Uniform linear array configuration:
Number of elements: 24
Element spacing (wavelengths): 0.25
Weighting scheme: hann
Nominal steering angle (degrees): -15
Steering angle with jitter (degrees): -15.082
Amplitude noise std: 0.05
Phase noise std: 0.05

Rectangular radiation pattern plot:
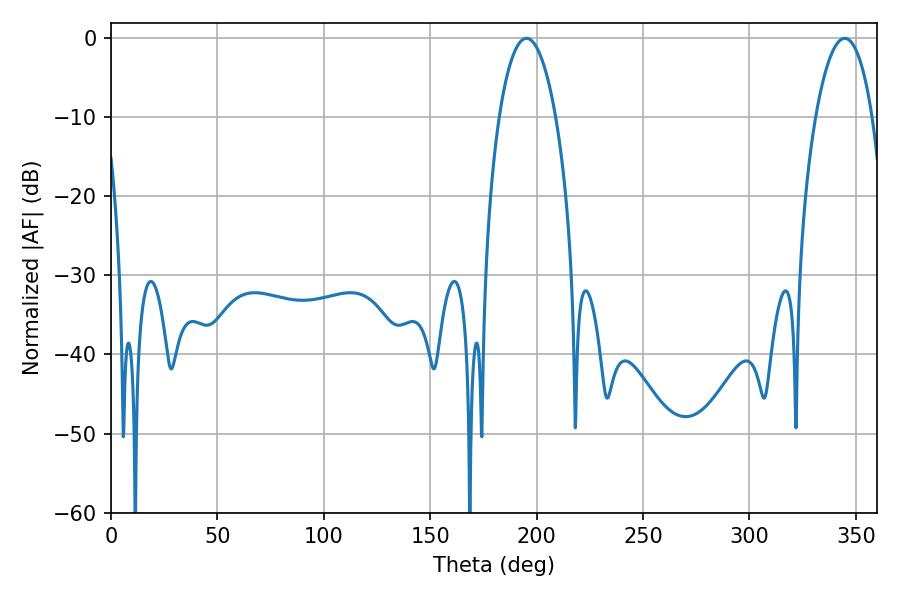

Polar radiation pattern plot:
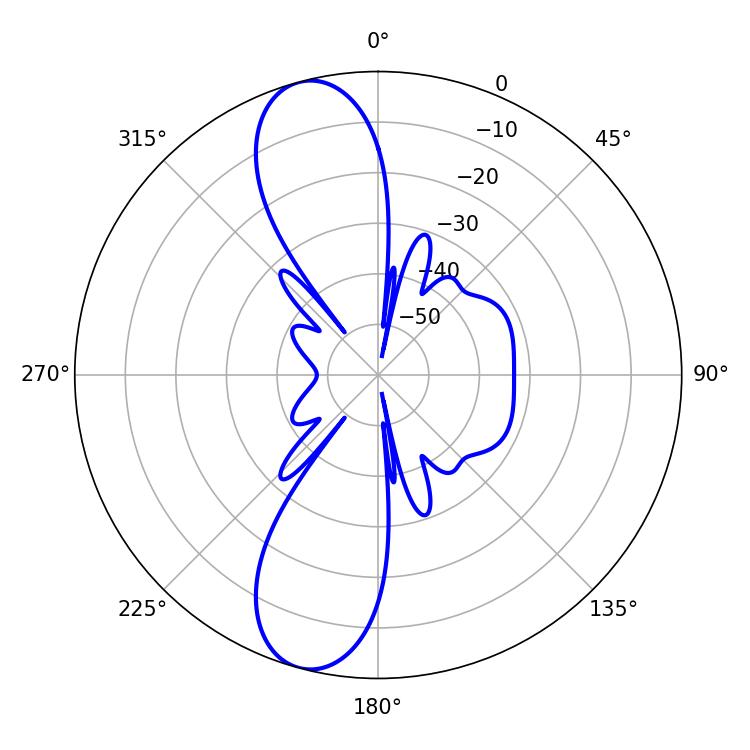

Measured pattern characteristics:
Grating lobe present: FALSE
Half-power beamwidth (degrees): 14.94
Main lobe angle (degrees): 195.3